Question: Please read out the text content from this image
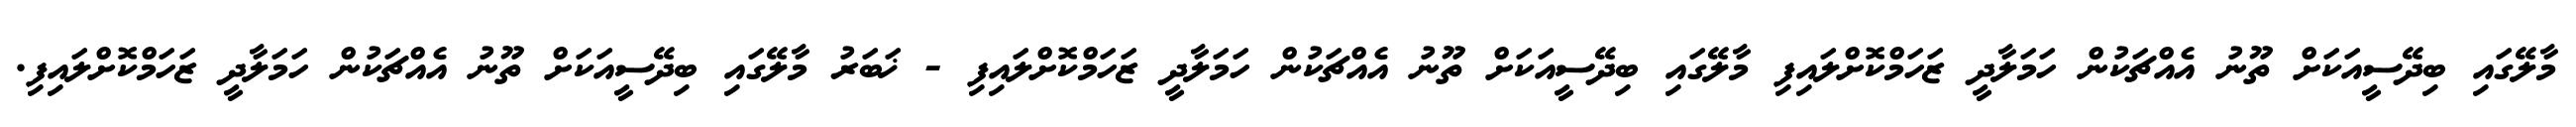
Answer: މާލޭގައި ބިދޭސީއަކަށް ތޫނު އެއްޗަކުން ހަމަލާދީ ޒަހަމްކޮށްލައިފި މާލޭގައި ބިދޭސީއަކަށް ތޫނު އެއްޗަކުން ހަމަލާދީ ޒަހަމްކޮށްލައިފި - ޚަބަރު މާލޭގައި ބިދޭސީއަކަށް ތޫނު އެއްޗަކުން ހަމަލާދީ ޒަހަމްކޮށްލައިފި.